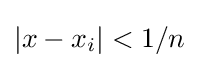
\left|x-x_{i}\right|<1/n